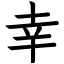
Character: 幸